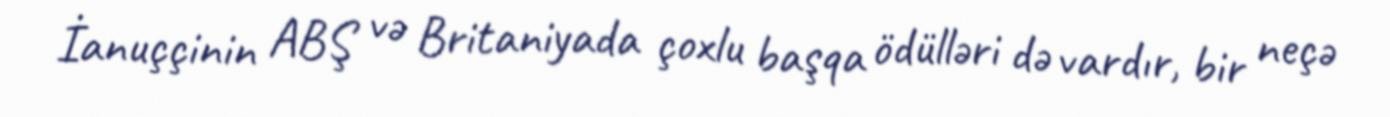
İanuççinin ABŞ və Britaniyada çoxlu başqa ödülləri də vardır, bir neçə